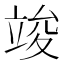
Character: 竣